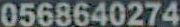
0568640274